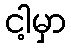
ငါ့မှာ